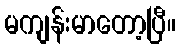
မကျန်းမာတော့ပြီ။